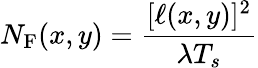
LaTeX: N_{\textrm{F}}(x,y)=\frac{[\ell(x,y)]^{2}}{\lambda T_{s}}